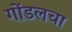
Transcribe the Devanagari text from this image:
गोंडलचा